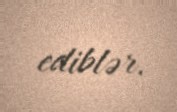
ediblər.